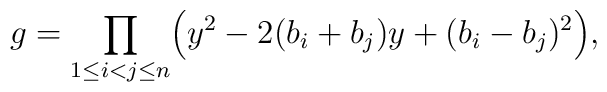
g=\prod_{1\leq i<j\leq n}\Bigl(y^2-2(b_i+b_j)y+(b_i-b_j)^2\Bigr),